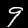
Digit: 9